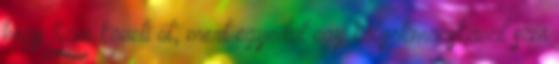
hogy Sam követi őt, mert egyedül egy kölyökmacskával sem